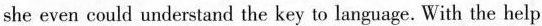
she even could understand the key to language. With the help